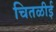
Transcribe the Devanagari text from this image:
चितळीई